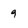
Character: 9